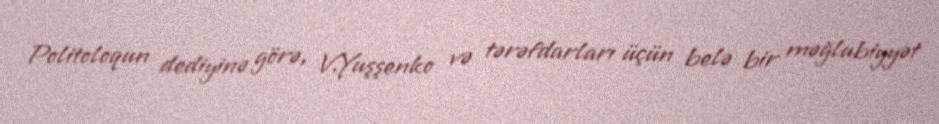
Politoloqun dediyinə görə, V.Yuşşenko və tərəfdarları üçün belə bir məğlubiyyət